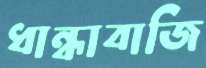
ধান্ধাবাজি